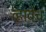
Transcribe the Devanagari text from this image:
व्हावेच